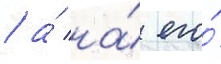
/ а́ на́ его́